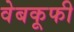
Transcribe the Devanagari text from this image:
वेबकूफी